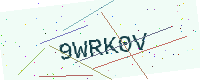
Text: 9WRK0V